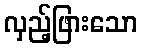
လှည့်ဖြားသော